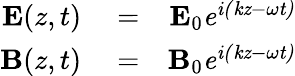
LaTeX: \begin{array}{rlr}{{\mathbf E}(z,t)}&{{}=}&{{\mathbf E}_{0}\mathit{e}^{\mathit{i(kz-\omega t)}}}\\ {{\mathbf B}(z,t)}&{{}=}&{{\mathbf B}_{0}\mathit{e}^{\mathit{i(kz-\omega t)}}}\end{array}